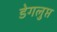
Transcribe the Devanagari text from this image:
डेगलुप्त